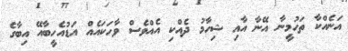
އަނެއްކާ ތަހުމީނާ އޭނާ އާއި ޝިހާމު ދެއްކި އެއްވެސް ވާހަކައެއް އަޑުއެހީބާއޭ އިބާގެ